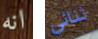
انه ثنائي